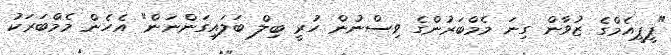
"ޕީޕީއެމްގެ ޒުވާން ގިނަ މެމްބަރުންގެ ވިސްނުން ހުރީ ބިލް ބަލައިގަންނަން" އެހެން މެމްބަރަކު